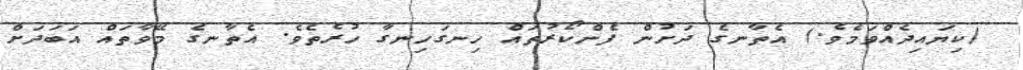
(ކިޔައިދެއްވަމެވެ.) އެތާނގެ ދަށުން ފެންކޯރުތައް ހިނގަހިނގާ ހުރެތެވެ. އެތާނގެ މޭވާތައް އަބަދަށް